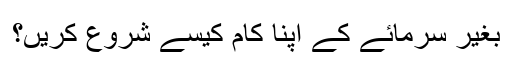
بغیر سرمائے کے اپنا کام کیسے شروع کریں؟